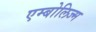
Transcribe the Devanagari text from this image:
एम्बोलिज्म